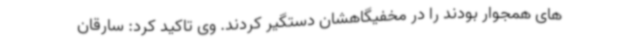
های همجوار بودند را در مخفیگاهشان دستگیر کردند. وی تاکید کرد: سارقان